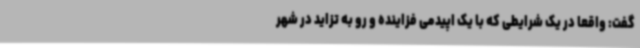
گفت: واقعا در یک شرایطی که با یک اپیدمی فزاینده و رو به تزاید در شهر